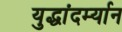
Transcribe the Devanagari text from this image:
युद्धांदर्म्यान